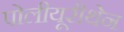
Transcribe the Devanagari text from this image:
पोलीयूरीथेन